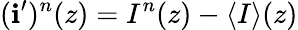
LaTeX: (\mathbf{i}^{\prime})^{n}(z)=I^{n}(z)-\left<I\right>(z)